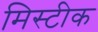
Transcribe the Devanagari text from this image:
मिस्टीक